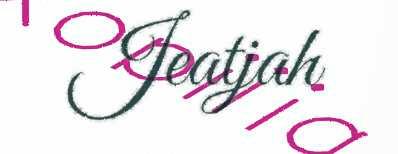
Jeatjah